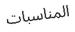
المناسبات